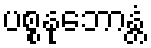
ပစ္စနုဘောန္တံ